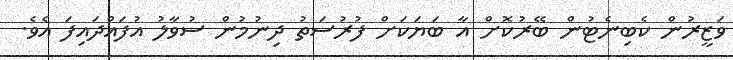
ވަޒީރުން ކެބިނެޓުން ބޭރުކޮށް އާ ބަޔަކަށް ފުރުސަތު ދިނުމުން ސުވާލު އުފައްދައިފަ އެވެ.